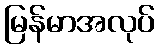
မြန်မာအလုပ်